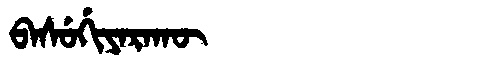
Manchu: ᠪᠠᠰᡠᡤᡳᠶᠠᡵᠠᡴᡡ
Romanization: BASUGIYARAKŪ